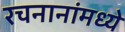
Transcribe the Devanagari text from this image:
रचनानांमध्ये